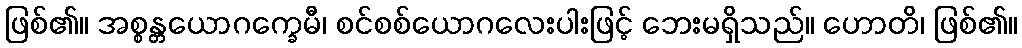
ဖြစ်၏။ အစ္စန္တယောဂက္ခေမီ၊ စင်စစ်ယောဂလေးပါးဖြင့် ဘေးမရှိသည်။ ဟောတိ၊ ဖြစ်၏။